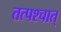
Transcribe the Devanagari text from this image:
तत्‍पश्‍चात्